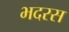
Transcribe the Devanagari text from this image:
भदरस